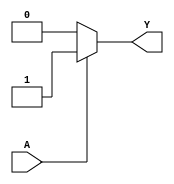
module kmap_single_variable (
    input wire A,    // Input variable
    output wire Y    // Output variable
);

// Define the values for f(0) and f(1)
// These values can be modified based on the specific logic function being implemented
parameter f0 = 1'b0; // Output when A = 0
parameter f1 = 1'b1; // Output when A = 1

// Combinational logic based on the input A
assign Y = (A == 1'b0) ? f0 : f1;

endmodule